Annual report of the Madras Medical College
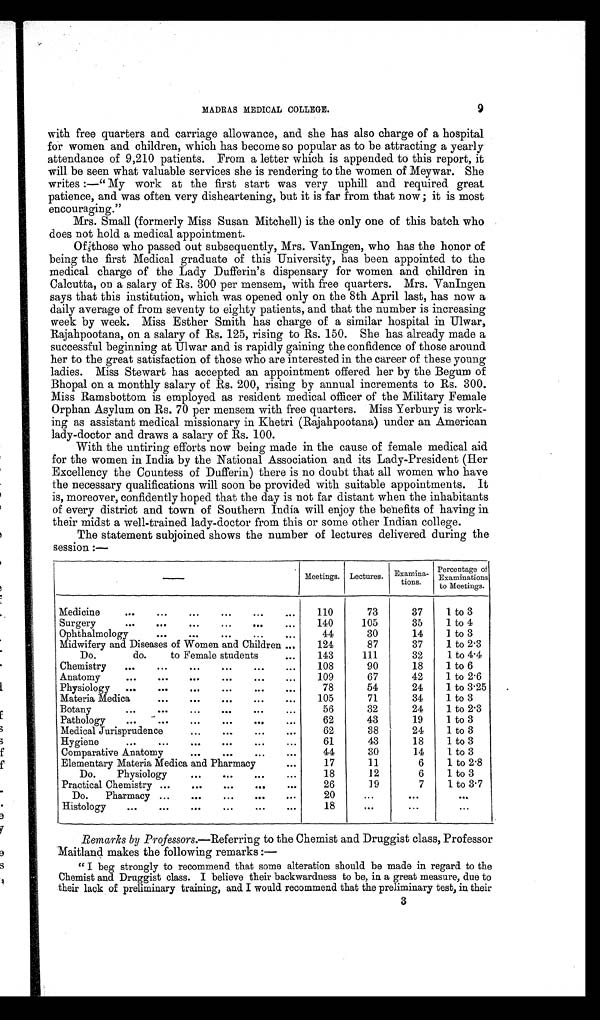
MADRAS MEDICAL COLLEGE.
9
with free quarters and carriage allowance, and she has also charge of a hospital
for women and children, which has become so popular as to be attracting a yearly
attendance of 9,210 patients. From a letter which is appended to this report, it
will be seen what valuable services she is rendering to the women of Meywar. She
writes:—"My work at the first start was very uphill and required great
patience, and was often very disheartening, but it is far from that now; it is most
encouraging."
Mrs. Small (formerly Miss Susan Mitchell) is the only one of this batch who
does not hold a medical appointment.
Of those who passed out subsequently, Mrs. VanIngen, who has the honor of
being the first Medical graduate of this University, has been appointed to the
medical charge of the Lady Dufferin's dispensary for women and children in
Calcutta, on a salary of Rs. 300 per mensem, with free quarters. Mrs. VanIngen
says that this institution, which was opened only on the 8th April last, has now a
daily average of from seventy to eighty patients, and that the number is increasing
week by week. Miss Esther Smith has charge of a similar hospital in Ulwar,
Rajahpootana, on a salary of Rs. 125, rising to Rs. 150. She has already made a
successful beginning at Ulwar and is rapidly gaining the confidence of those around
her to the great satisfaction of those who are interested in the career of these young
ladies. Miss Stewart has accepted an appointment offered her by the Begun of
Bhopal on a monthly salary of Rs. 200, rising by annual increments to Rs. 300.
Miss Ramsbottom is employed as resident medical officer of the Military Female
Orphan Asylum on Rs. 70 per mensem with free quarters. Miss Yerbury is work-
ing as assistant medical missionary in Khetri (Rajahpootana) under an American
lady-doctor and draws a salary of Rs. 100.
With the untiring efforts now being made in the cause of female medical aid
for the women in India by the National Association and its Lady-President (Her
Excellency the Countess of Dufferin) there is no doubt that all women who have
the necessary qualifications will soon be provided with suitable appointments. It
is, moreover, confidently hoped that the day is not far distant when the inhabitants
of every district and town of Southern India will enjoy the benefits of having in
their midst a well-trained lady-doctor from this or some other Indian college.
The statement subjoined shows the number of lectures delivered during the
session:—
Meetings. Lectures. Examina
tions.
Percentage of
Examinations
to Meetings.
Medicine
110
73
37
1 to 3
Surgery
140
105
35
1 to 4
Ophthalmology
44
30
14
1 to 3
Midwifery and Diseases of Women and Children
124
87
37
1 to 2·3
Do. do. to Female students
143
111
32
1 to 4·4
Chemistry
108
90
18
1 to 6
Anatomy
109
67
42
1 to 2·6
Physiology
78
54
24
1 to 3·25
Materia Medica
105
71
34
1 to 3
Botany
56
32
24
1 to 2·3
Pathology
62
43
19
1 to 3
Medical Jurisprudence
62
38
24
1 to 3
Hygiene
61
43
18
1 to 3
Comparative Anatomy
44
30
14
1 to 3
Elementary Materia Medics. and Pharmacy
17
11
6
1 to 2·8
Do. Physiology
18
12
6
1 to 3
Practical Chemistry
26
19
7
1 to 3·7
Do. Pharmacy
20
Histology
18
Remarks by Professors. —Referring to the Chemist and Druggist class, Professor
Maitland makes the following remarks :
—
"I beg strongly to recommend that some alteration should be made in regard to the
Chemist and Druggist class. I believe their backwardness to be, in a great measure, due to
their lack of preliminary training, and I would recommend that the preliminary test, in their
3